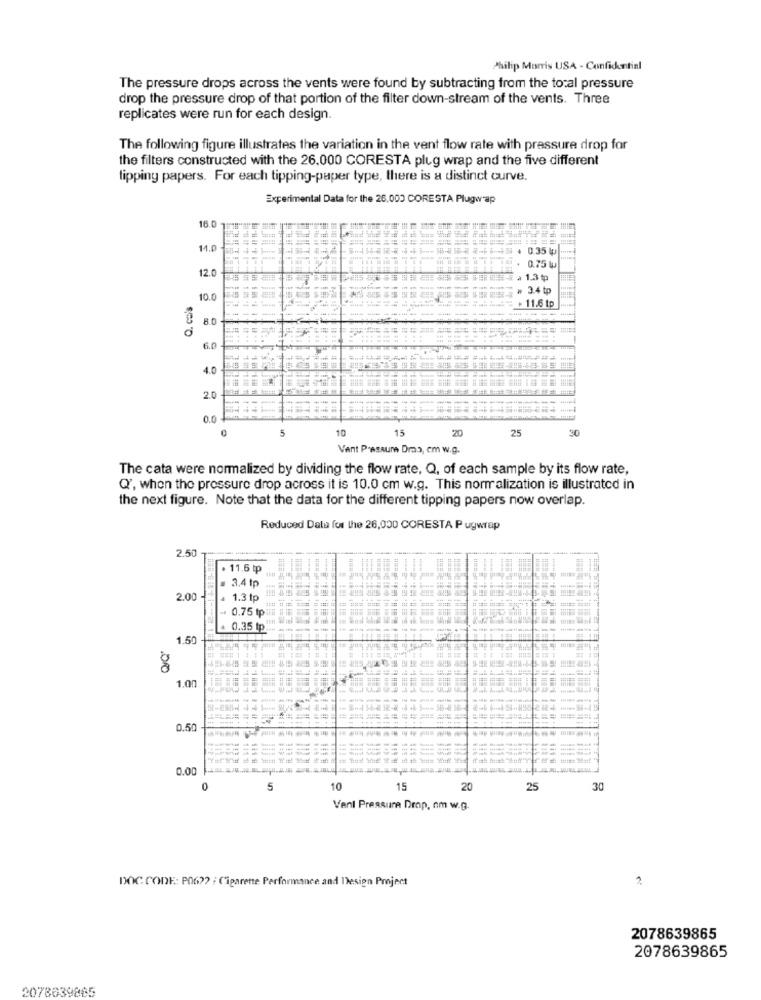
Philip Morris USA - Confidential
The pressure drops across the vents were found by subtracting from the total pressure
drop the pressure drop of that portion of the filter down-stream of the vents. Three
replicates were run for each design.
The following figure illustrates the variation in the vent flow rate with pressure drop for
the filters constructed with the 26.000 CORESTA plug wrap and the five different
tipping papers. For each tipping-paper type, there is a distinct curve.
Experimental Data for the 26,000 CORESTA Plugwap
16.0 1
14.0
+ 0.35 lp
.
12.0
0.75 W
1.3 tp
3.4 tp
Q. co's
10.0
+ 11.6 tp
8.0
6.0
4.0
20
0.0
0
5
10
20
25
Vant PrasAum Dras, cm w.g.
The cata were normalized by dividing the flow rate, Q, of each sample by its flow rate,
Q', when the pressure drop across it is 10.0 cm w.g. This normalization is illustrated in
the next figure. Note that the data for the different tipping papers now overlap.
Reduced Data for the 26,000 CORESTA P ugwrap
2.50
. 11.6 tp
3.4 tp
2.00
1.3 tp
- 0.75 tp
0.35 tp.
1.50
00
1.00
0.50
-----
0.00
5
10
15
20
25
30
Venl Pressuna Drop, om w.g.
DOC CODE: P0622 : Cigarette Performance and Design Project
2078639865
2078639865
2078639865